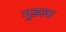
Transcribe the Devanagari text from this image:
गुडला